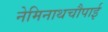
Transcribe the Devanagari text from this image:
नेमिनाथचौपाई